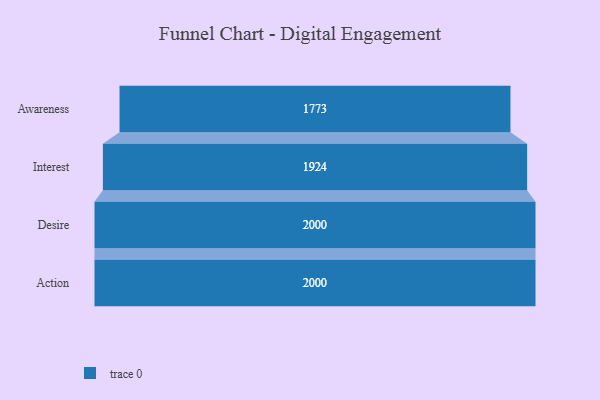
{"axis": {"x": "Stage", "y": "Value"}, "legend": [""], "data": [{"x": "Awareness", "y": 1773.0, "type": ""}, {"x": "Interest", "y": 1924.0, "type": ""}, {"x": "Desire", "y": 2000, "type": ""}, {"x": "Action", "y": 2000, "type": ""}]}